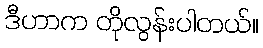
ဒီဟာက တိုလွန်းပါတယ်။